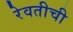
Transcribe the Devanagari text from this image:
रेवतीची